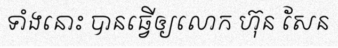
ទាំងនោះ បានធ្វើឲ្យលោក ហ៊ុន សែន